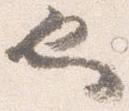
也